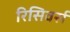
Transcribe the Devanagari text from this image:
रिसिवर्स